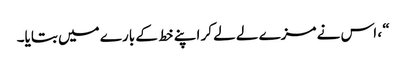
“ ، اس نے مزے لے لے کر اپنے خط کے بارے میں بتایا۔